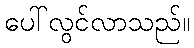
ပေါ်လွင်လာသည်။